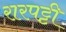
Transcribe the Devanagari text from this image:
रारपट्टी